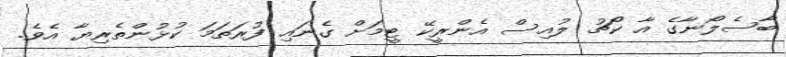
ބާސެލޯނާގެ އާ ކޯޗު ލުއިސް އެންރީކޭ ޓީމަށް ގެނައި ފުރަތަމަ ކުޅުންތެރިޔާ އެވެ.